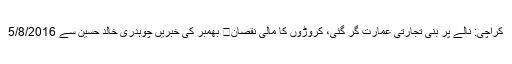
کراچی: نالے پر بنی تجارتی عمارت گر گئی، کروڑوں کا مالی نقصان	 بھمبر کی خبریں چوہدری خالد حسین سے 5/8/2016